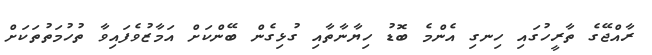
ރާއްޖޭގެ ތާރީހުގައި ހިނގި އެންމެ ބޮޑު ހިޔާނާތާއި ގުޅިގެން ބޭންކަށް އަމާޒުވެފައިވާ ތުހުމަތުތަކަށް